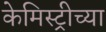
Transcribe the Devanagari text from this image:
केमिस्ट्रीच्या